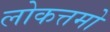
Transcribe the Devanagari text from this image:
लोकत्तमो